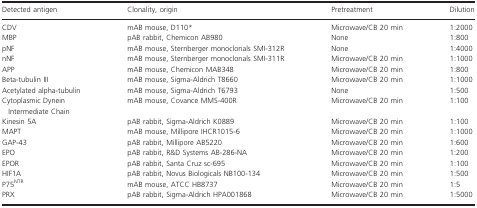
<table><thead><tr><td><b>Detected antigen</b></td><td><b>Clonality, origin</b></td><td><b>Pretreatment</b></td><td><b>Dilution</b></td></tr></thead><tbody><tr><td>CDV</td><td>mAB mouse, D110a</td><td>Microwave/CB 20 min</td><td>1:2000</td></tr><tr><td>MBP</td><td>pAB rabbit, Chemicon AB980</td><td>None</td><td>1:800</td></tr><tr><td>pNF</td><td>mAB mouse, Sternberger monoclonals SMI‐312R</td><td>None</td><td>1:4000</td></tr><tr><td>nNF</td><td>mAB mouse, Sternberger monoclonals SMI‐311R</td><td>Microwave/CB 20 min</td><td>1:1000</td></tr><tr><td>APP</td><td>mAB mouse, Chemicon MAB348</td><td>Microwave/CB 20 min</td><td>1:800</td></tr><tr><td>Beta‐tubulin III</td><td>mAB mouse, Sigma‐Aldrich T8660</td><td>Microwave/CB 20 min</td><td>1:1000</td></tr><tr><td>Acetylated alpha‐tubulin</td><td>mAB mouse, Sigma‐Aldrich T6793</td><td>None</td><td>1:500</td></tr><tr><td>Cytoplasmic Dynein Intermediate Chain</td><td>mAB mouse, Covance MMS‐400R</td><td>Microwave/CB 20 min</td><td>1:100</td></tr><tr><td>Kinesin 5A</td><td>pAB rabbit, Sigma‐Aldrich K0889</td><td>Microwave/CB 20 min</td><td>1:100</td></tr><tr><td>MAPT</td><td>mAB mouse, Millipore IHCR1015‐6</td><td>Microwave/CB 20 min</td><td>1:1000</td></tr><tr><td>GAP‐43</td><td>pAB rabbit, Millipore AB5220</td><td>Microwave/CB 20 min</td><td>1:600</td></tr><tr><td>EPO</td><td>pAB rabbit, R&amp;D Systems AB‐286‐NA</td><td>Microwave/CB 20 min</td><td>1:200</td></tr><tr><td>EPOR</td><td>pAB rabbit, Santa Cruz sc‐695</td><td>Microwave/CB 20 min</td><td>1:100</td></tr><tr><td>HIF1A</td><td>pAB rabbit, Novus Biologicals NB100‐134</td><td>Microwave/CB 20 min</td><td>1:500</td></tr><tr><td>P75<sup>NTR</sup></td><td>mAB mouse, ATCC HB8737</td><td>Microwave/CB 20 min</td><td>1:5</td></tr><tr><td>PRX</td><td>pAB rabbit, Sigma‐Aldrich HPA001868</td><td>Microwave/CB 20 min</td><td>1:5000</td></tr></tbody></table>